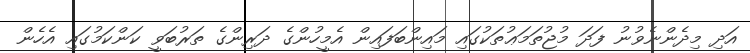
އަދި މިދެންނެވުނު ފަދަ މުޖުތަމަޢުތަކުގައި މައިންބަފައިން އެމީހުންގެ ދަރިންގެ ތަރުބަވީ ކަންކަމުގައި އެހެން